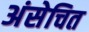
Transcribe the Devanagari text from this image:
अंसेचित